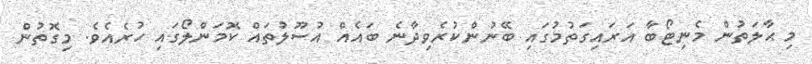
މި ޙާލަތުން މެނިޓޯބާ އަރައިގަތުމުގައި ބޭނުންކުރެވިދާނެ ބައެއް އުސޫލުތައް ކޮމަންލޯގައި ހުރެއެވެ. މިގޮތުން